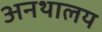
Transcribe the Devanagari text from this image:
अनथालय